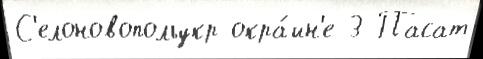
С'елоновопольукр окра́ин'е 3 Пасат